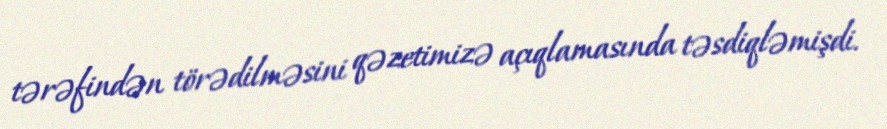
tərəfindən törədilməsini qəzetimizə açıqlamasında təsdiqləmişdi.